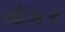
વૉકર